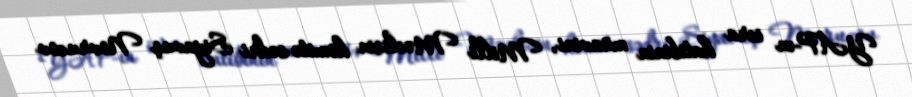
YAP-ın icra katibinin müavini, Milli Məclisin komitə sədri Siyavuş Novruzov